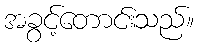
အခွင့်တောင်းသည်။